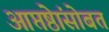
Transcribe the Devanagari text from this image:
आप्तेष्ठांसोबत